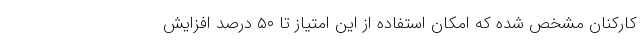
کارکنان مشخص شده که امکان استفاده از این امتیاز تا ۵۰ درصد افزایش